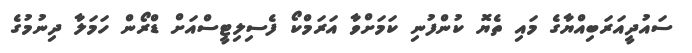
ސައުދީއަރަބިއްޔާގެ މައި ތެޔޮ ކުންފުނި ކަމަށްވާ އަރަމްކޯ ފެސިލިޓީސްއަށް ޑްރޯން ހަމަލާ ދިނުމުގެ